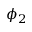
\phi _ { 2 }